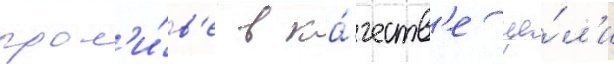
прол'и́в'е в ка́честв'е це́л'и